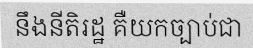
នឹងនីតិរដ្ឋ គឺយកច្បាប់ជា